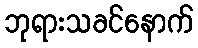
ဘုရားသခင်နောက်